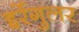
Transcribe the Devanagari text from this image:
इर्रेगुलर